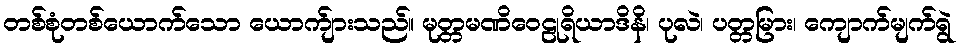
တစ်စုံတစ်ယောက်သော ယောက်ျားသည်။ မုတ္တမဏိဝေဠုရိယာဒိနိ၊ ပုလဲ၊ ပတ္တမြား၊ ကျောက်မျက်ရွဲ